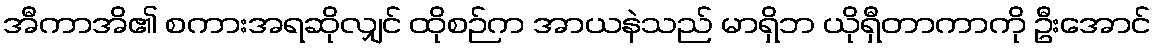
အီကာအိ၏ စကားအရဆိုလျှင် ထိုစဉ်က အာယနဲသည် မာရှိဘ ယိုရှီတာကာကို ဦးအောင်